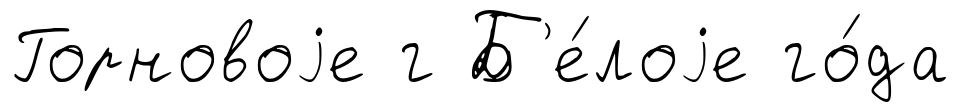
Горновоjе г Б'е́лоjе го́да